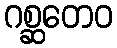
ဂစ္ဆတေဝ